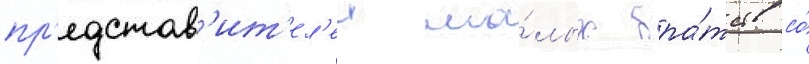
пр'едстав'ит'ел'еи ма́лых бра́тств со́